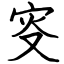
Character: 叜